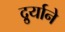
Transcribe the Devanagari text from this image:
दुर्र्याने